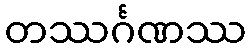
တဿင်္ဂဏဿ